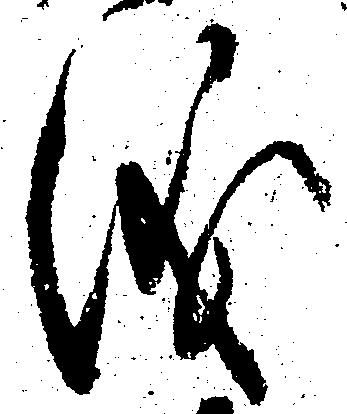
儀